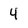
Character: 4